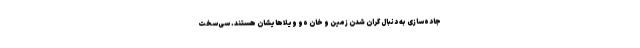
جاده‌سازی به دنبال گران شدن زمین و خان ه‌و ویلاهایشان هستند. سی‌سخت